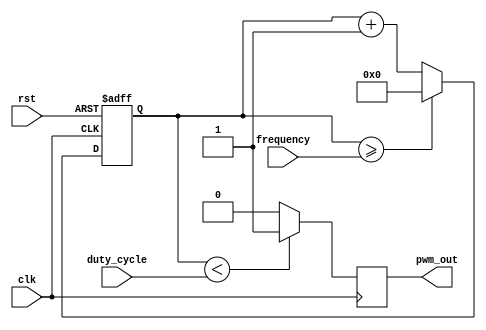
module pwm_pulse_generator(
    input wire clk,           // External clock source
    input wire rst,           // Reset signal
    input wire [7:0] duty_cycle, // Duty cycle setting
    input wire [15:0] frequency, // Frequency setting
    output reg pwm_out        // PWM output signal
);

reg [15:0] count;
reg pwm;

always @(posedge clk or posedge rst) begin
    if (rst) begin
        count <= 16'd0;
    end else begin
        count <= count + 1;
        if (count >= frequency) begin
            count <= 16'd0;
            pwm <= ~pwm;
        end
    end
end

always @(posedge clk) begin
    if (count < duty_cycle) begin
        pwm_out <= 1'b1;
    end else begin
        pwm_out <= 1'b0;
    end
end

endmodule